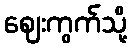
ဈေးကွက်သို့